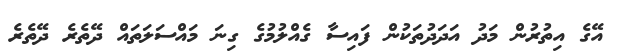
އޭގެ އިތުރުން މަދު އަދަދުތަކުން ފައިސާ ގެއްލުމުގެ ގިނަ މައްސަލަތައް ދޭތެރެ ދޭތެރެ